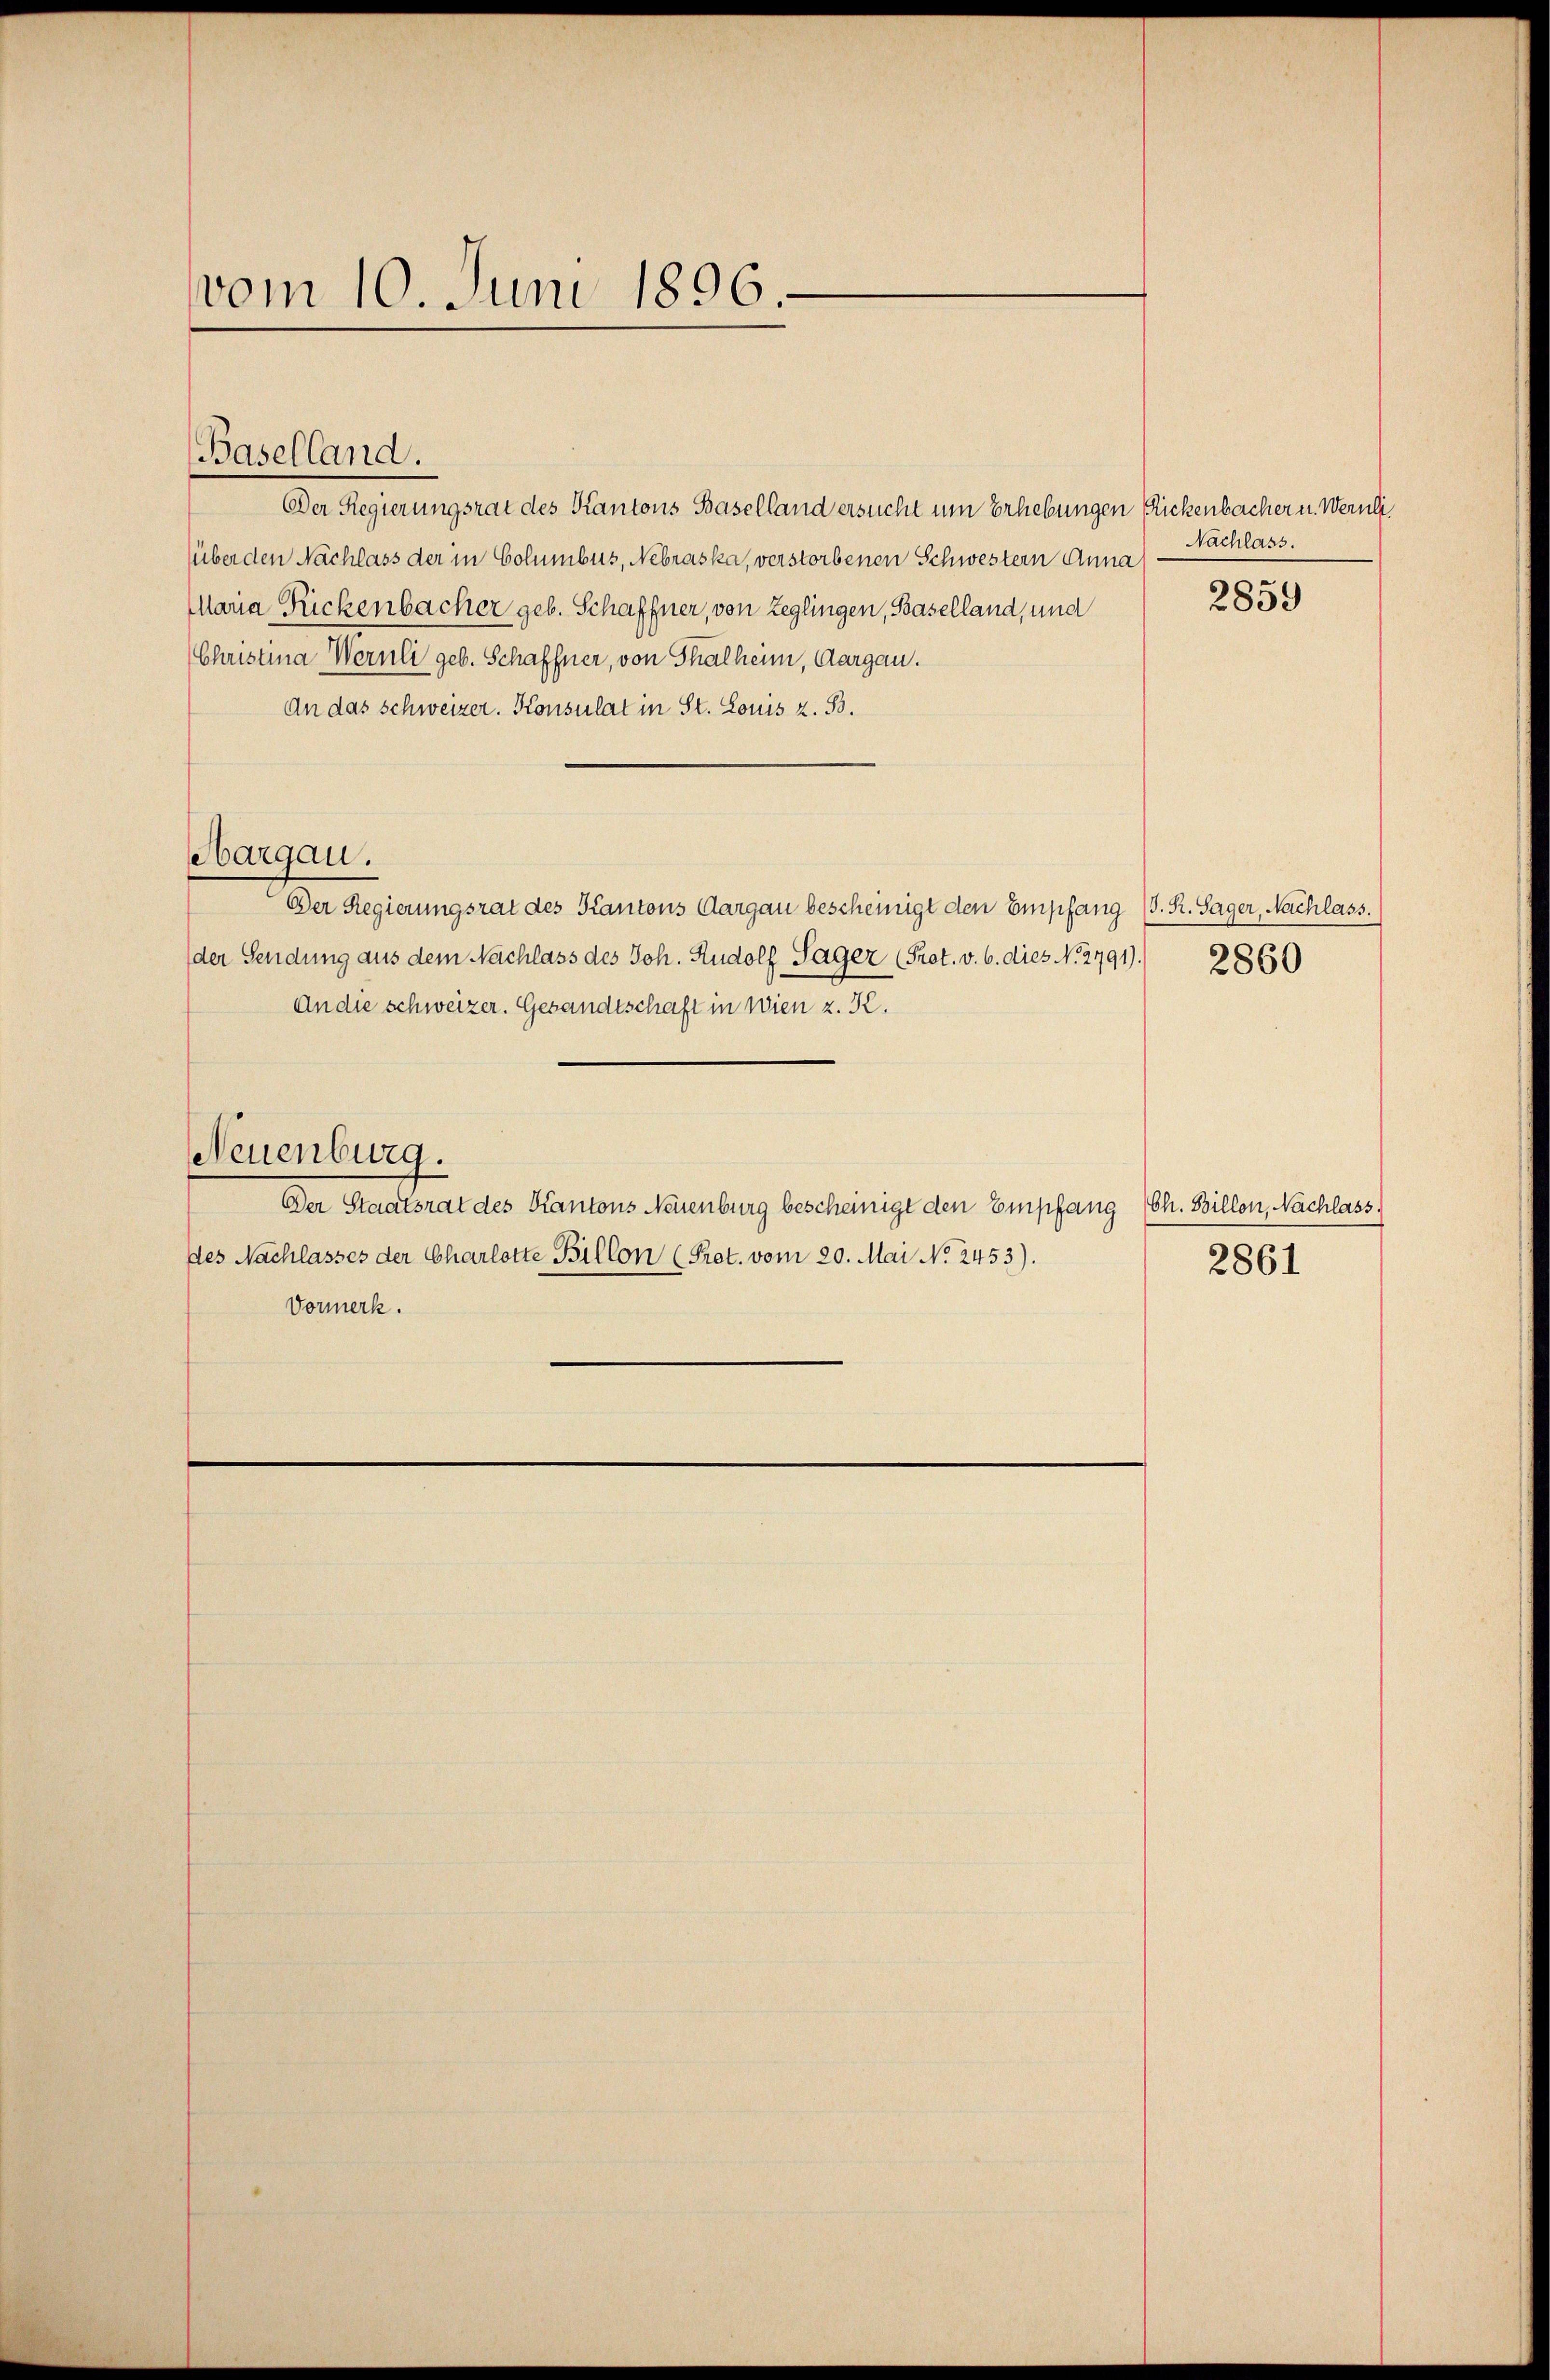
vom 10. Juni 1896.

Baselland.

Der Regierungsrat des Kantons Baselland ersucht um Erhebungen Rickenbacher u. Wernli
über den Nachlass der in Columbus, Nebraska, verstorbenen Schwestern Anna
Maria Rickenbacher geb. Schaffner, von Zeglingen, Baselland, und
Christina Wernli geb. Schaffner, von Thalheim, Aargau.
An das Schweizer. Konsulat in St. Louis z. B.
Der Regierungsrat des Kantons Aargau bescheinigt den Empfang (S. R. Sager, Nachlass.
der Sendung aus dem Nachlass des Joh. Rudolf Sager (Prot. v. 6. dies No 2791).
An die schweizer. Gesandtschaft in Wien z. K.
Neuenburg.
Der Staatsrat des Kantons Neuenburg bescheinigt den Empfang Ch. Billon, Nachlass,
des Nachlasses der Charlotte Billon (Pret. vom 20. Mai No 2453).
Vormerk.

Aargau.

Nachlass.

2859

2860

2861